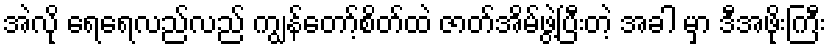
အဲလို ရေရေလည်လည် ကျွန်တော့်စိတ်ထဲ ဇာတ်အိမ်ဖွဲ့ပြီးတဲ့ အခါ မှာ ဒီအဖိုးကြီး